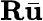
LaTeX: \mathbf{R}\bar{\mathbf{u}}